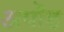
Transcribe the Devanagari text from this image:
अपॊड